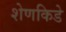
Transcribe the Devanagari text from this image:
शेणकिडे